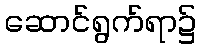
ဆောင်ရွက်ရာ၌